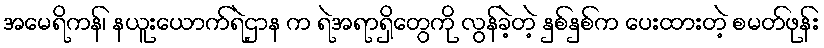
အမေရိကန်၊ နယူးယောက်ရဲဌာန က ရဲအရာရှိတွေကို လွန်ခဲ့တဲ့ နှစ်နှစ်က ပေးထားတဲ့ စမတ်ဖုန်း